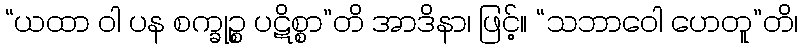
“ယထာ ဝါ ပန စက္ခုဉ္စ ပဋိစ္စာ”တိ အာဒိနာ၊ ဖြင့်။ “သဘာဝေါ ဟေတူ”တိ၊